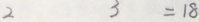
2 3 = 1 8